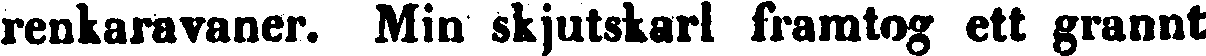
renkaravaner. Min skjutskarl framtog ett grannt